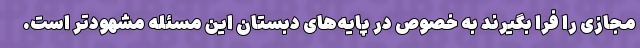
مجازی را فرا بگیرند به خصوص در پایه‌های دبستان این مسئله مشهودتر است.